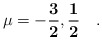
\begin{align*}\mathbf{\mu = -\frac{3}{2}, \frac{1}{2}}\quad.\end{align*}